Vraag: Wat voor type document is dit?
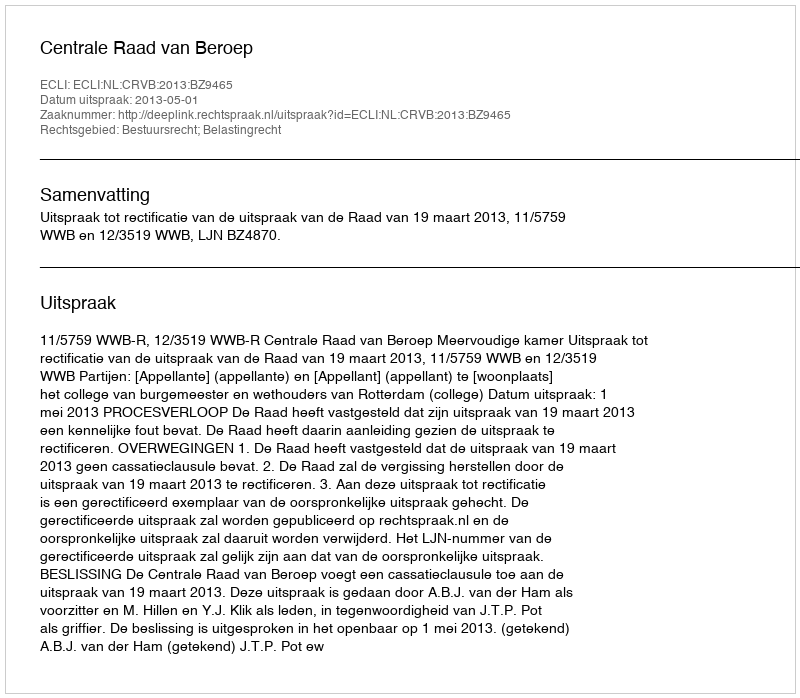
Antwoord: Uitspraak